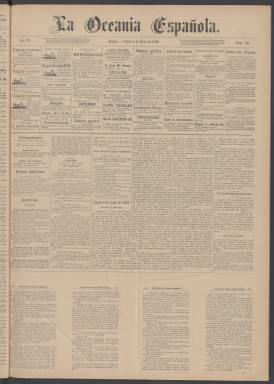
Título: La Oceanía española
Colección: Periódicos
Ámbito geográfico: Filipinas
Lugar de publicación: Manila
Fechas: 02/06/1882-30/03/1898